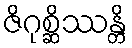
ဇိဂုစ္ဆိဿန္တိ